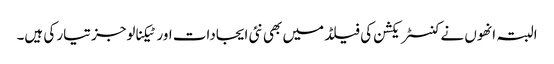
البتہ انھوں نے کنسٹریکشن کی فیلڈ میں بھی نئی ایجادات اور ٹیکنالوجز تیار کی ہیں۔